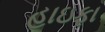
હાઇફા